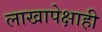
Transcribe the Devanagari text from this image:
लाखापेक्षाही